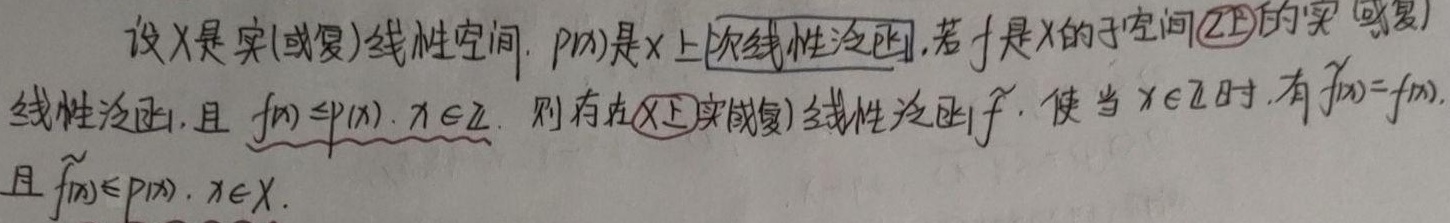
设 \(X\) 是实(或复)线性空间，\(p(x)\) 是 \(X\) 上 \text{次线性泛函}，若 \(f\) 是 \(X\) 的子空间 \(Z\) 上的实(或复)线性泛函，且 \(f(x)\leq p(x)\)，\(x\in Z\)，则存在 \(X\) 上实(或复)线性泛函 \(\widetilde{f}\)，使当 \(x\in Z\) 时，有 \(\widetilde{f}(x)=f(x)\)，且 \(\widetilde{f}(x)\leq p(x)\)，\(x\in X\)。